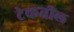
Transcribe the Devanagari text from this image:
टेकतील